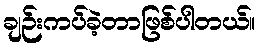
ချဉ်းကပ်ခဲ့တာဖြစ်ပါတယ်။